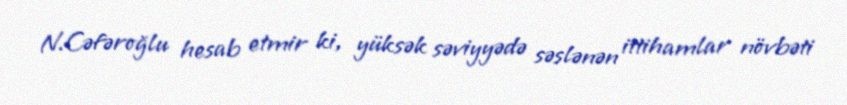
N.Cəfəroğlu hesab etmir ki, yüksək səviyyədə səslənən ittihamlar növbəti